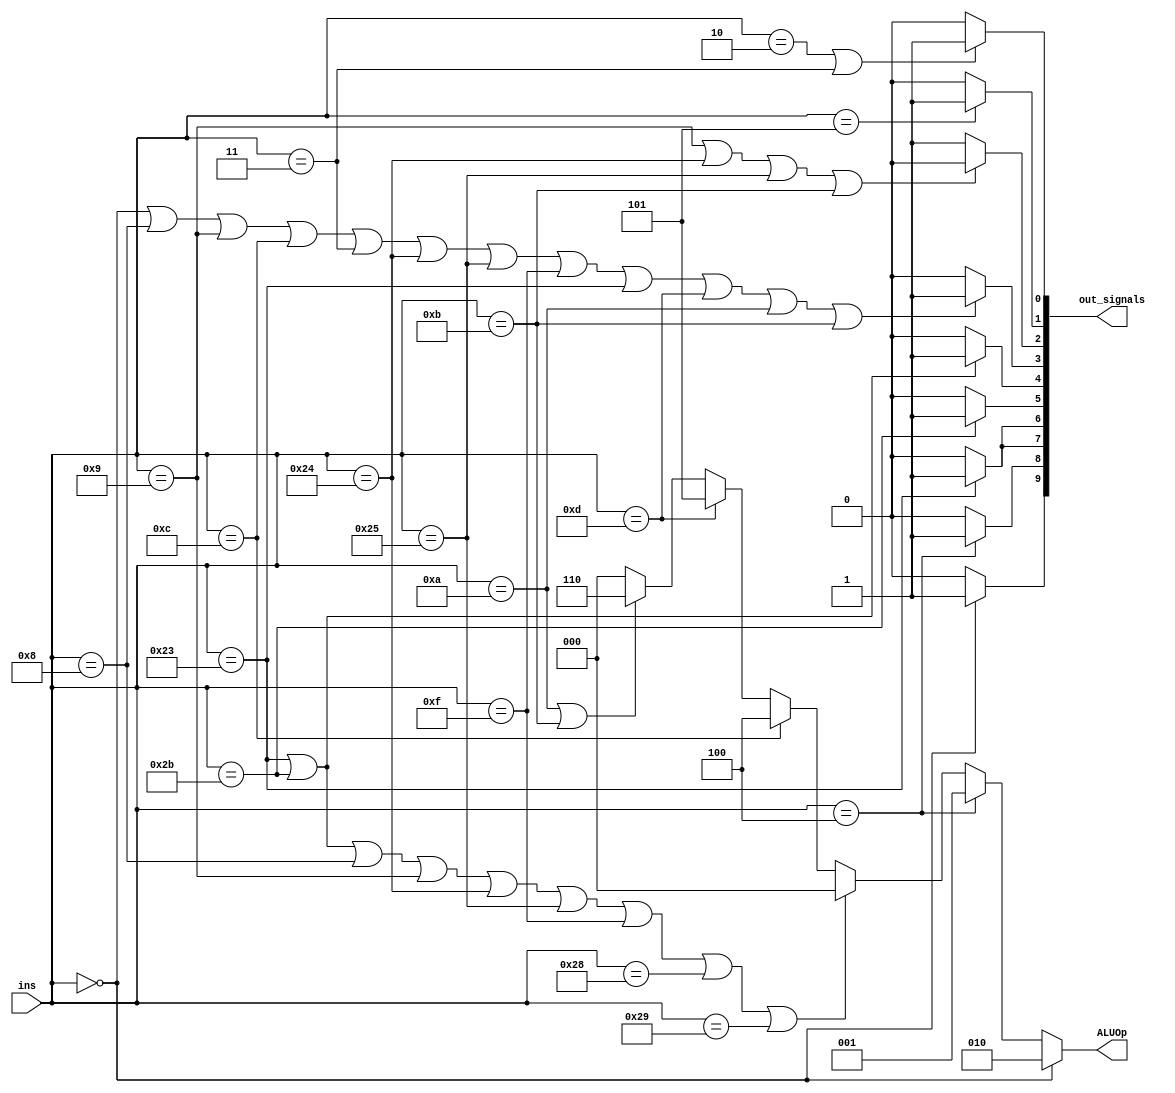
// output signals
// 0. RegDst
// 1. BranchEqual
// 2. MemRead
// 3. MemtoReg
// 4. MemWrite
// 5. ALUSrc
// 6. RegWrite
// 7. ExtendType
// 8. BranchNotEqual
// 9. Jump

//iverilog mips_core.v mips_testbench.v program_counter.v mips_instr_mem.v control_unit.v mips_registers.v extender_32bit.v mux_2_1.v alu_32bit.v alu_1bit.v msb_1bit.v mux_4_1.v

module control_unit(ins,out_signals,ALUOp);

  input [5:0] ins;

  parameter num_signals=10;
  output [0:num_signals-1] out_signals;
  output [2:0] ALUOp;

  localparam R_TYPE = 6'b000000;
  //localparam J_TYPE = 6'b00001x;
  localparam ADD = 6'b100000;
  localparam ADDI = 6'b001000;
  localparam ADDIU = 6'b001001;
  localparam ADDU = 6'b100001;
  localparam AND = 6'b100100;
  localparam ANDI = 6'b001100;
  localparam BEQ = 6'b000100;
  localparam BNE = 6'b000101;
  localparam J = 6'b000010;
  localparam JAL = 6'b000011;
  localparam JR = 6'b001000;
  localparam LBU = 6'b100100;
  localparam LHU = 6'b100101;
  localparam LUI = 6'b001111;
  localparam LW = 6'b100011;
  localparam NOR = 6'b100111;
  localparam OR = 6'b100101;
  localparam ORI = 6'b001101;
  localparam SLT = 6'b101010;
  localparam SLTI = 6'b001010;
  localparam SLTIU = 6'b001011;
  localparam SLTU = 6'b101011;
  localparam SLL = 6'b000000;
  localparam SRL = 6'b000010;
  localparam SB = 6'b101000;
  localparam SH = 6'b101001;
  localparam SW = 6'b101011;
  localparam SUB = 6'b100010;
  localparam SUBU = 6'b100011;

  //assign out_signals = {num_signals-1{1'b0}};

  // RegDst
  assign out_signals[0] = (ins== R_TYPE)? 1'b1: 1'b0;

  // BranchEqual
  assign out_signals[1] = (ins== BEQ)? 1'b1: 1'b0;

  // MemRead
  assign out_signals[2] = (ins== LW)? 1'b1: 1'b0;

  // MemtoReg
  assign out_signals[3] = (ins== LW)? 1'b1: 1'b0;

  // MemWrite
  assign out_signals[4]= (ins== SW)? 1'b1: 1'b0;

  // ALUSrc
  assign out_signals[5]= ((ins== SW)||(ins==LW))? 1'b1: 1'b0;

  // RegWrite
  // completed!
  assign out_signals[6] = (
                  (ins == R_TYPE)||
                  (ins == ADDI)||
                  (ins == ADDIU)||
                  (ins == ANDI)||
                  (ins == JAL)||
                  (ins == LBU)||
                  (ins == LHU)||
                  (ins == LUI)||
                  (ins == LW)||
                  (ins == ORI)||
                  (ins == SLTI)||
                  (ins == SLTIU)
                  )? 1'b1: 1'b0;

  // ExtendType , sigextedn or unsigned exted
  assign out_signals[7]= ((ins==ADDIU)||(ins==LBU)||(ins==LHU)||(ins==SLTIU))
                        ? 1'b0: 1'b1;


  // Branch Not Eqaul
  assign out_signals[8] = (ins == BNE)? 1'b1 : 1'b0;

  assign out_signals[9] = ((ins == J)||(ins == JAL))?1'b1:1'b0;

  // ALUOP
  assign ALUOp = (ins == R_TYPE) ? 3'b010 :
                ((ins == BEQ)? 3'b001:
                (((ins == LW)||(ins==SW)||(ins==ADDI)
                  ||(ins==ADDIU)||(ins==LBU)||(ins==LHU)
                  ||(ins==LUI)||(ins==SB)||(ins==SH))? 3'b000:
                ((ins==ANDI)? 3'b100:
                ((ins==ORI)? 3'b101:
                ((((ins==SLTI)||(ins==SLTIU))?3'b110: 3'b000))))));



endmodule